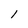
Character: l